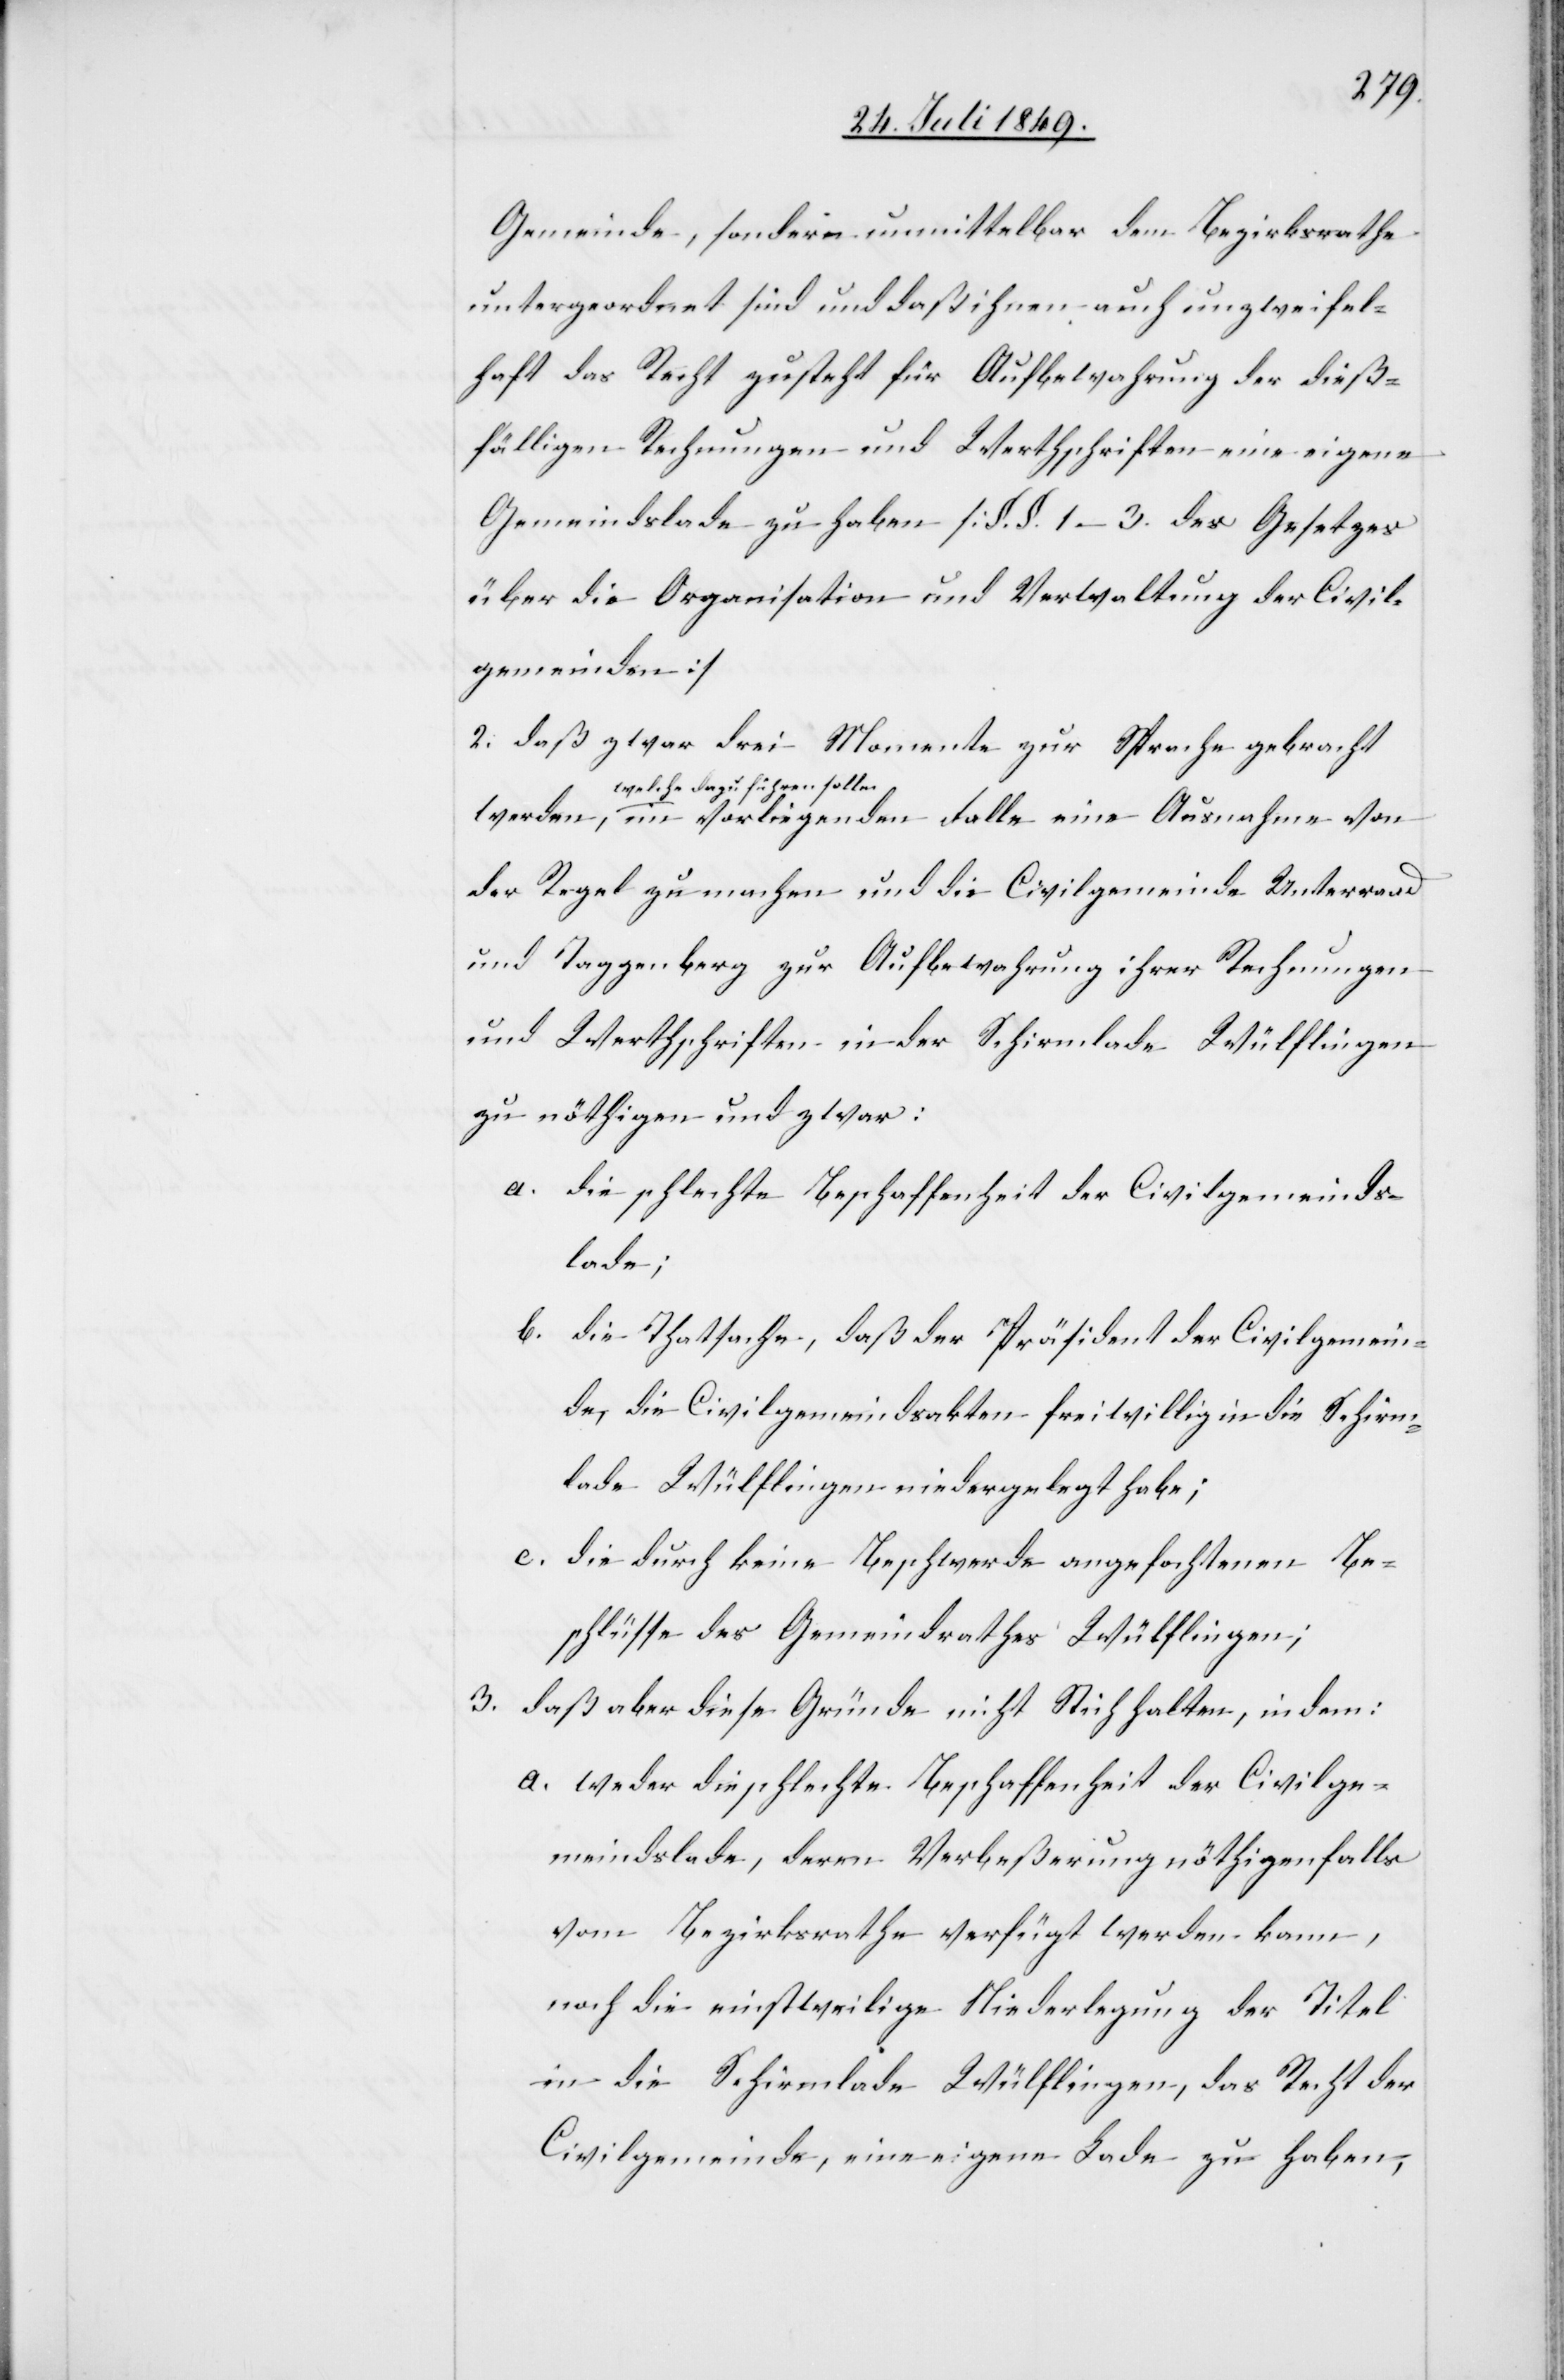
Gemeinde, sondern unmittelbar dem Bezirksrathe
untergeordnet sind und daß ihnen auch unzweifel¬
haft das Recht zusteht für Aufbewahrung der dieß¬
fälligen Rechnungen und Werthschriften eine eigene
Gemeindslade zu haben [§. §. 1–3. des Gesetzes
über die Organisation und Verwaltung der Civil¬
gemeinden]
2. daß zwar drei Momente zur Sprache gebracht
a-welche dazu führen sollen-a
der Regel zu machen und die Civilgemeinde Unterraad
und Taggenberg zur Aufbewahrung ihrer Rechnungen
und Werthschriften in der Schirmlade Wülflingen
zu nöthigen und zwar:
a. die schlechte Beschaffenheit der Civilgemeinds¬
lade;
b. die Thatsache, daß der Präsident der Civilgemein¬
de, die Civilgemeindsakten freiwillig in die Schirm¬
lade Wülflingen niedergelegt habe;
c. die durch keine Beschwerde angefochtenen Be¬
schlüsse des Gemeindrathes Wülflingen;
3. daß aber diese Gründe nicht Stich halten, indem:
a. weder die schlechte Beschaffenheit der Civilge¬
meindslade, deren Verbeßerung nöthigenfalls
vom Bezirksrathe verfügt werden kann,
noch die einstweilige Niederlegung der Titel
in die Schirmlade Wülflingen, das Recht der
Civilgemeinde, eine eigene Lade zu haben,